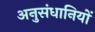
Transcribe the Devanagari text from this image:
अनुसंधानियों